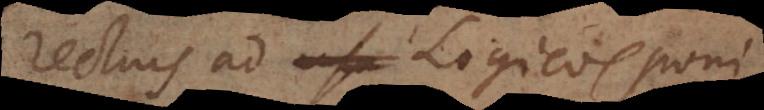
rectius ad usu Logicos poni